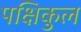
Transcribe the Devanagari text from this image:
पक्षिकुल